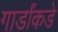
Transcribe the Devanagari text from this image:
गार्डांकडे